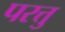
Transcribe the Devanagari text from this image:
परत्तु